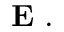
\mathrm { ~ \bf ~ E ~ } .